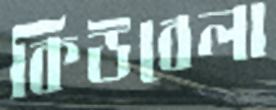
কিউবেলা